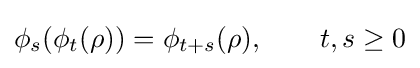
\phi _{s}(\phi _{t}(\rho ))=\phi _{t+s}(\rho ),\qquad t,s\geq 0